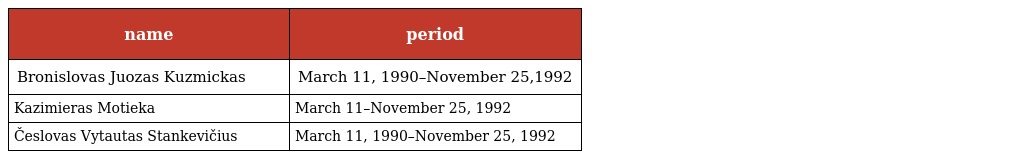
| name | period |
 | --- | --- |
 | Bronislovas Juozas Kuzmickas | March 11, 1990–November 25,1992 |
 | Kazimieras Motieka | March 11–November 25, 1992 |
 | Česlovas Vytautas Stankevičius | March 11, 1990–November 25, 1992 |